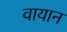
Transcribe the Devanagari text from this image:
वायान